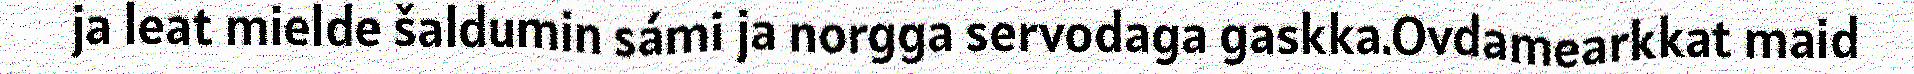
ja leat mielde šaldumin sámi ja norgga servodaga gaskka.Ovdamearkkat maid